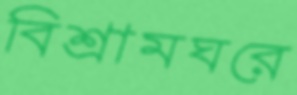
বিশ্রামঘরে